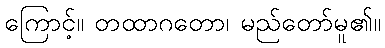
ကြောင့်။ တထာဂတော၊ မည်တော်မူ၏။